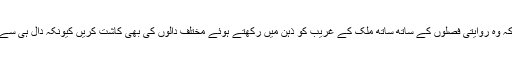
کسانوں کا شکریہ اس لئے بھی ادا کرنا چاہتا ہوں کہ وہ روایتی فصلوں کے ساتھ ساتھ ملک کے غریب کو ذہن میں رکھتے ہوئے مختلف دالوں کی بھی کاشت کریں کیونکہ دال ہی سے سب سے زیادہ پروٹین غریب کو حاصل ہوتا ہے۔